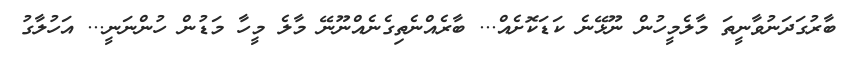
ބާރުގަދަނުވާނީތަ މާލެމީހުން ނޫޅޭނެ ކަޑަކޮށެއް... ބާރެއްނެތިގެނެއްނޫނޭ މާލެ މީހާ މަޑުން ހުންނަނީ... އަހުލާގު